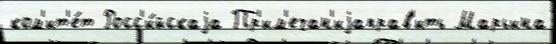
ком'ит'е́т Росс'и́йскаjа Пр'им'ечан'иjаправ'ить Марьина